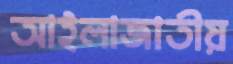
আইলাজাতীয়